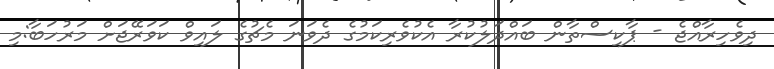
ދިވެހިރާއްޖެ - ޕާކިސްތާން ބައްދަލުކުރާ އެކުވެރިކަމުގެ ދެވަނަ މެޗުގެ ލައިވް ކަވަރޭޖަށް މަރުހަބާ:މި